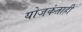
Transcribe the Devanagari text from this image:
योजकंताही